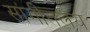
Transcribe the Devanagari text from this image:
सांगीतलय